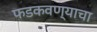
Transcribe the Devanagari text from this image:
फडकवण्याचा